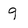
Character: 9